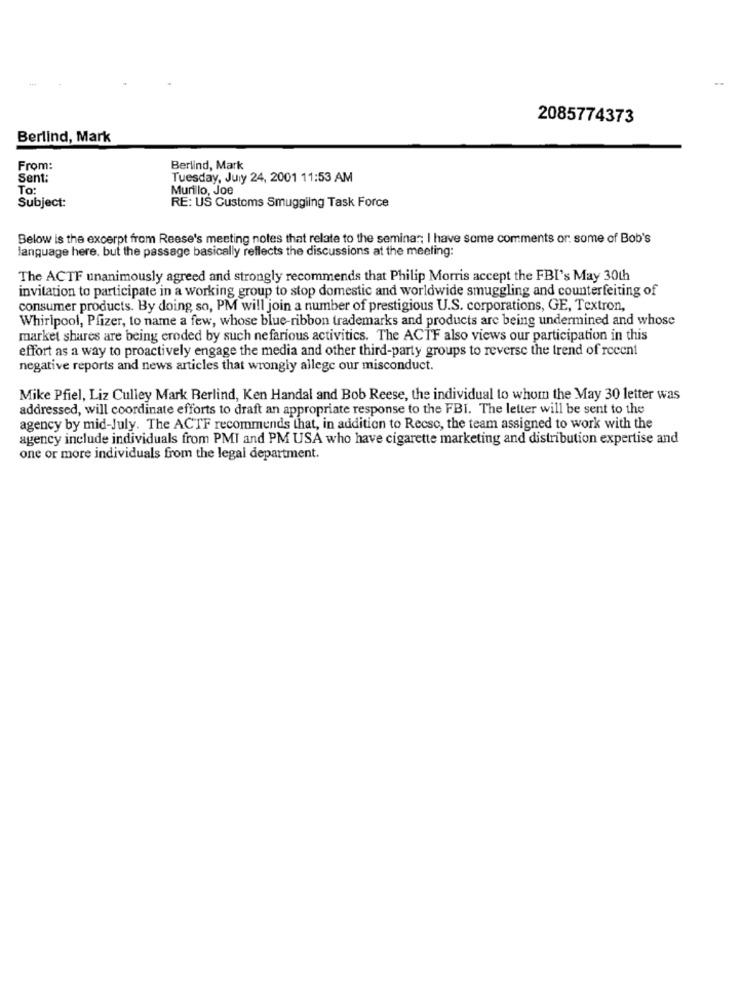
2085774373
Berlind, Mark
From:
Berlind, Mark
Sent:
Tuesday, July 24, 2001 11:53 AM
To:
Murillo, Joe
Subject:
RE: US Customs Smuggling Task Force
Below is the excerpt from Reese's meeting notes that relate to the seminar; I have some comments or some of Bob's
language here. but the passage basically reflects the discussions at the meeting:
The ACTF unanimously agreed and strongly recommends that Philip Morris accept the FBI's May 30th
invitation to participate in a working group to stop domestic and worldwide smuggling and counterfeiting of
consumer products. By doing so, PM will join a number of prestigious U.S. corporations, GE, Textron,
Whirlpool, Pfizer, to name a few, whose blue-ribbon trademarks and products are being undermined and whose
market shares are being eroded by such nefarious activitics. The ACTF also views our participation in this
effort as a way to proactively engage the media and other third-party groups to reverse the trend of recent
negative reports and news articles that wrongly allege our misconduct.
Mike Pfiel, Liz Culley Mark Berlind, Ken Handal and Bob Reese, the individual to whom the May 30 letter was
addressed, will coordinate efforts to draft an appropriate response to the FBI. The letter will be sent to the
agency by mid-July. The ACTF recommends that, in addition to Recse, the team assigned to work with the
agency include individuals from PMI and PM USA who have cigarette marketing and distribution expertise and
one or more individuals from the legal department.